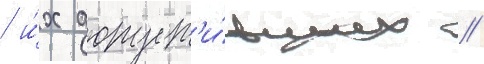
/ и́х допуст'и́вших //